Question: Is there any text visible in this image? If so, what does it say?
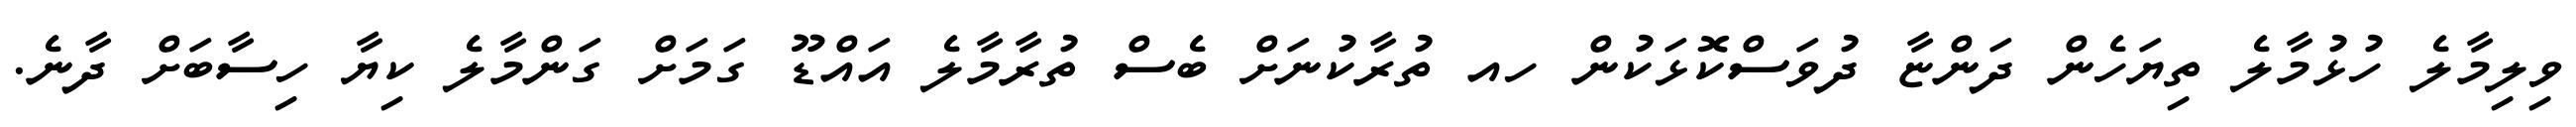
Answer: ވިލިމާލެ ހުޅުމާލެ ތިޔަހެން ދަންޏާ ދުވަސްކޮޅަކުން ހއ ތުރާކުނަށް ބެސް ތުރާމާލެ އައްޑޫ ގަމަށް ގަންމާލެ ކިޔާ ހިސާބަށް ދާނެ.